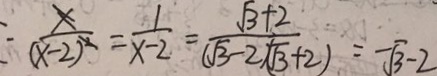
\frac { x } { ( x - 2 ) ^ { 2 } } = \frac { 1 } { x - 2 } = \frac { \sqrt { 3 } + 2 } { ( \sqrt { 3 } - 2 \sqrt { 3 } + 2 ) } = - \sqrt { 3 } - 2